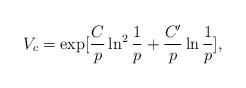
LaTeX: \begin{align*}V_c = \exp [ \frac{C}{p} \ln^2 \frac{1}{p} + \frac{C'}{p} \ln \frac{1}{p}],\end{align*}